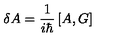
\delta A = \frac { 1 } { i \hbar } \left[ A , G \right]